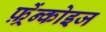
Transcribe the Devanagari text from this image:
फ़्रेंन्कोइज